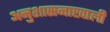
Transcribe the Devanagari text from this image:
अनुशासनाखाली